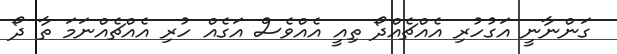
ގަންނާނީ އަގުހުރި އެއްޗެއްދޯ ތިއީ އެއްވެސް އަގެއް ހުރި އެއްޗެއްނަމަ ތާ ދޯ